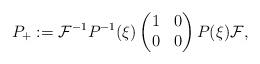
LaTeX: \begin{align*}P_+:=\mathcal F^{-1}P^{-1}(\xi)\begin{pmatrix} 1 & 0 \\ 0 & 0 \end{pmatrix}P(\xi)\mathcal F,\end{align*}